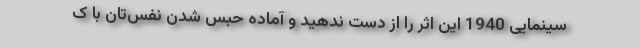
سینمایی 1940 این اثر را از دست ندهید و آماده حبس شدن نفس‌تان با ک